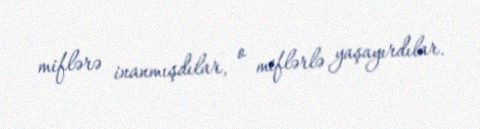
miflərə inanmışdılar, o miflərlə yaşayırdılar.